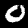
Label: 0